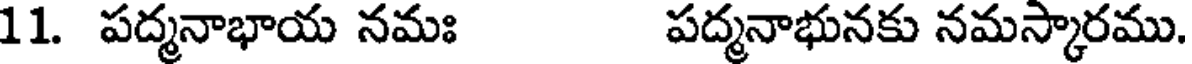
11. పద్మనాభాయ నమః పద్మనాభునకు నమస్కారము.